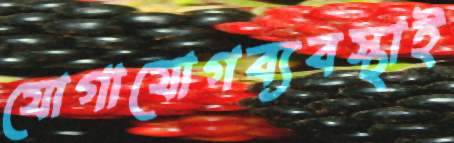
যোগাযোগব্যবস্থাই